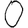
Digit: 0